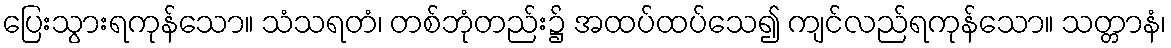
ပြေးသွားရကုန်သော။ သံသရတံ၊ တစ်ဘုံတည်း၌ အထပ်ထပ်သေ၍ ကျင်လည်ရကုန်သော။ သတ္တာနံ၊